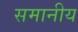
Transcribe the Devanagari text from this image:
समानीय